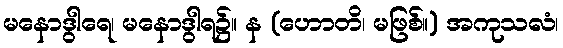
မနောဒွါရေ၊ မနောဒွါရ၌။ န (ဟောတိ၊ မဖြစ်။) အကုသလံ၊